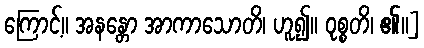
ကြောင့်။ အနန္တော အာကာသောတိ၊ ဟူ၍။ ဝုစ္စတိ၊ ၏။]